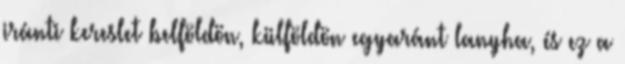
iránti kereslet belföldön, külföldön egyaránt lanyha, és ez a